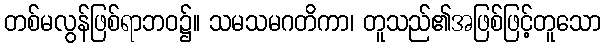
တစ်မလွန်ဖြစ်ရာဘဝ၌။ သမသမဂတိကာ၊ တူသည်၏အဖြစ်ဖြင့်တူသော